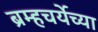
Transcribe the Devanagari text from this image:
ब्रम्हचर्येच्या